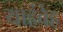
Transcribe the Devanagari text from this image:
याहंवेह